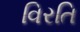
વિરતિ